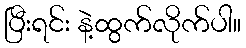
ပြီးရင်း နဲ့ထွက်လိုက်ပါ။